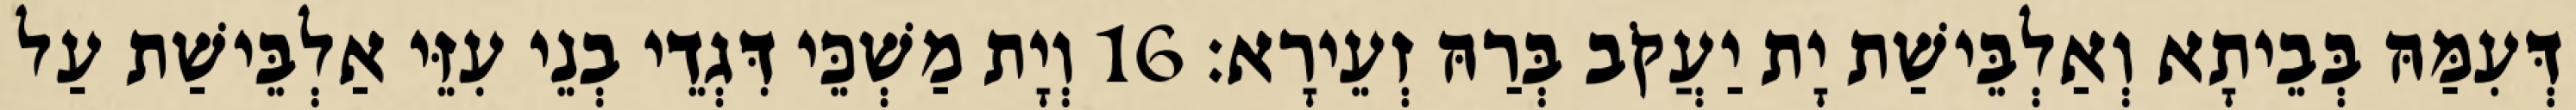
דְּעִמַּהּ בְּבֵיתָא וְאַלְבֵּישַׁת יָת יַעֲקֹב בְּרַהּ זְעֵירָא׃ 16 וְיָת מַשְׁכֵּי דִּגְדֵי בְנֵי עִזֵּי אַלְבֵּישַׁת עַל